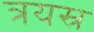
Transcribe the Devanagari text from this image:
त्रयस्र